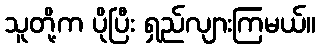
သူတို့က ပိုပြီး ရှည်လျားကြမယ်။